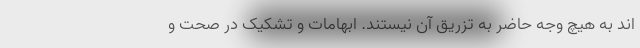
اند به هیچ وجه حاضر به تزریق آن نیستند. ابهامات و تشکیک در صحت و